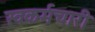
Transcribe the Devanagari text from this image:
स्वकर्मचारी